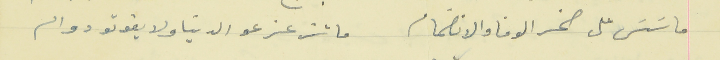
ماسَسَ على صخر الوفا والانضمام                                  ما تزعزعو الدنيا ولا يفوتو دوام